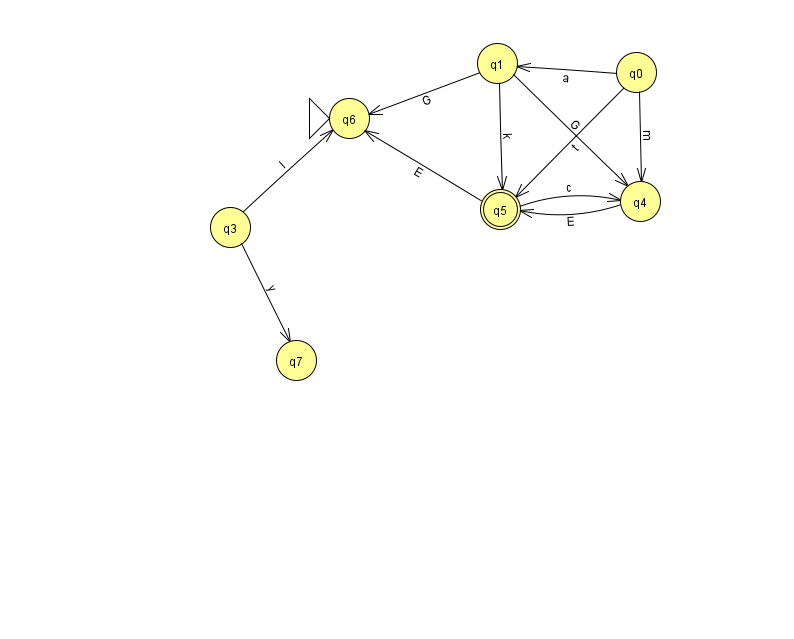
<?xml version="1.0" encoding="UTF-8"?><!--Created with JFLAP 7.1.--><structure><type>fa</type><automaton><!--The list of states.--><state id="0" name="q0"><x>636.0</x><y>59.0</y></state><state id="1" name="q1"><x>497.0</x><y>50.0</y></state><state id="3" name="q3"><x>230.0</x><y>214.0</y></state><state id="4" name="q4"><x>640.0</x><y>188.0</y></state><state id="5" name="q5"><x>500.0</x><y>196.0</y><final/></state><state id="6" name="q6"><x>349.0</x><y>105.0</y><initial/></state><state id="7" name="q7"><x>296.0</x><y>347.0</y></state><!--The list of transitions.--><transition><from>0</from><to>1</to><read>a</read></transition><transition><from>1</from><to>6</to><read>G</read></transition><transition><from>1</from><to>4</to><read>G</read></transition><transition><from>1</from><to>5</to><read>k</read></transition><transition><from>0</from><to>5</to><read>t</read></transition><transition><from>4</from><to>5</to><read>E</read></transition><transition><from>5</from><to>4</to><read>c</read></transition><transition><from>3</from><to>6</to><read>l</read></transition><transition><from>0</from><to>4</to><read>m</read></transition><transition><from>3</from><to>7</to><read>y</read></transition><transition><from>5</from><to>6</to><read>E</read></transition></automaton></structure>